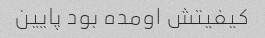
کیفیتش اومده بود پایین